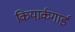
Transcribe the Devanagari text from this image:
कियार्कगार्ड